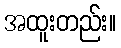
အထူးတည်း။